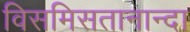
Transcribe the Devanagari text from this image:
विसमिसतानान्दा